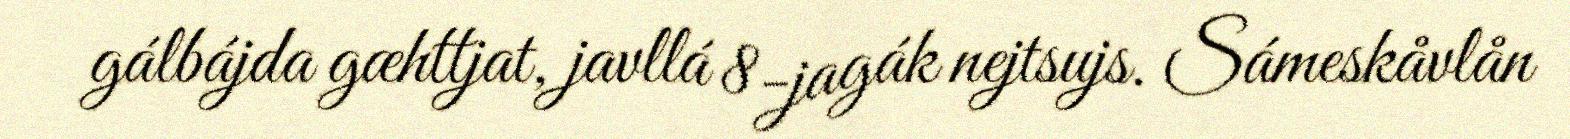
gálbájda gæhttjat, javllá 8-jagák nejtsujs. Sámeskåvlån